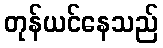
တုန်ယင်နေသည်